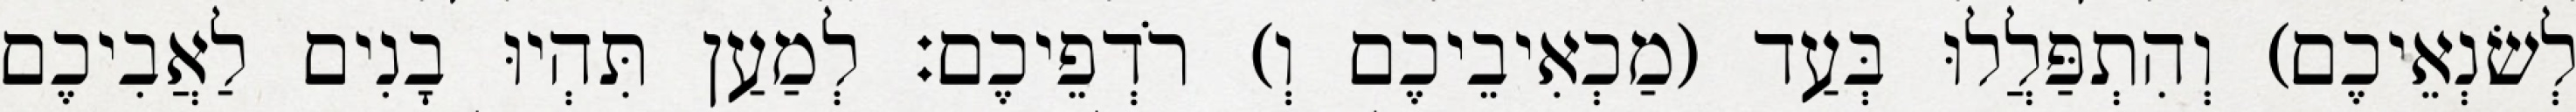
לְשׂנְאֵיכֶם) וְהִתְפַּלֲלוּ בְּעַד (מַכְאִיבֵיכֶם וְ) רֹדְפֵיכֶם׃ לְמַעַן תִּהְיוּ בָנִים לַאֲבִיכֶם